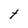
Character: t